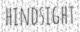
HINDSIGHT